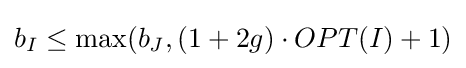
b_{I}\leq \max(b_{J},(1+2g)\cdot OPT(I)+1)